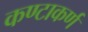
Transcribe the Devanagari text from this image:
कण्टाकर्ण